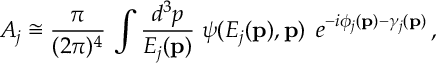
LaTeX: { \cal A } _ { j } \cong \frac { \pi } { ( 2 \pi ) ^ { 4 } } \, \int \frac { d ^ { 3 } p } { E _ { j } ( { \bf p } ) } \; \psi ( E _ { j } ( { \bf p } ) , { \bf p } ) \; \, e ^ { - i \phi _ { j } ( { \bf p } ) - \gamma _ { j } ( { \bf p } ) } \, ,